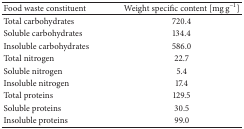
<table><thead><tr><td><b>Food waste constituent</b></td><td><b>Weight specific content [mg g<sup>−1</sup>]</b></td></tr></thead><tbody><tr><td>Total carbohydrates</td><td>720.4</td></tr><tr><td>Soluble carbohydrates</td><td>134.4</td></tr><tr><td>Insoluble carbohydrates</td><td>586.0</td></tr><tr><td>Total nitrogen</td><td>22.7</td></tr><tr><td>Soluble nitrogen</td><td>5.4</td></tr><tr><td>Insoluble nitrogen</td><td>17.4</td></tr><tr><td>Total proteins</td><td>129.5</td></tr><tr><td>Soluble proteins</td><td>30.5</td></tr><tr><td>Insoluble proteins</td><td>99.0</td></tr></tbody></table>